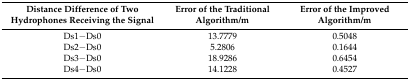
| Distance Difference of Two Hydrophones Receiving the Signal | Error of the Traditional Algorithm/m | Error of the Improved Algorithm/m |
 | --- | --- | --- |
 | Ds1−Ds0 | 13.7779 | 0.5048 |
 | Ds2−Ds0 | 5.2806 | 0.1644 |
 | Ds3−Ds0 | 18.9286 | 0.6454 |
 | Ds4−Ds0 | 14.1228 | 0.4527 |